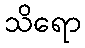
သိရော